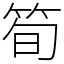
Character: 筍